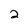
Character: 2